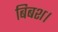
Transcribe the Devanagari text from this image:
बिबश।